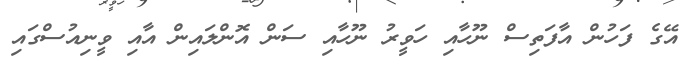
އޭގެ ފަހުން އާފަތިސް ނޫހާއި ހަވީރު ނޫހާއި ސަން އޮންލައިން އާއި ވީނިއުސްގައި